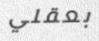
بعقلي